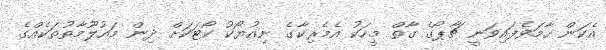
އެކަން ހާމަވެފައިވަނީ ޗާޕޯގެ ގާތް މީހަކު އެމެރިކާގެ ނިއުޔޯކު ކޯޓަކަށް ދިން މައުލޫމާތުތަކެއްގެ